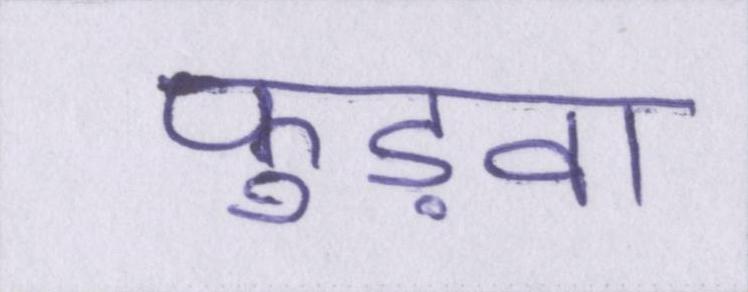
फुड़वा